Treatise on elephants
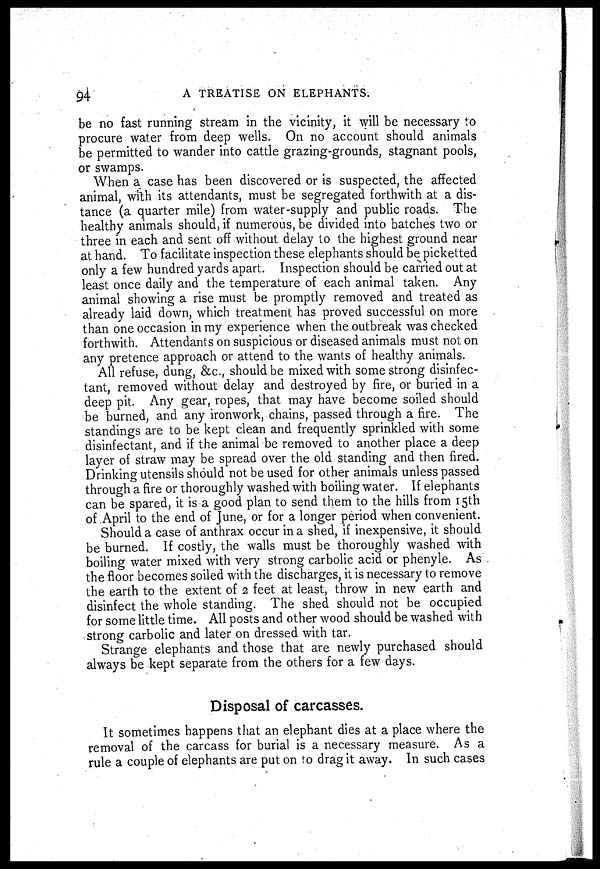
94
A TREATISE ON ELEPHANTS.
be no fast running stream in the vicinity, it will be necessary to
procure water from deep wells. On no account should animals
be permitted to wander into cattle grazing-grounds, stagnant pools,
or swamps.
When a case has been discovered or is suspected, the affected
animal, with its attendants, must be segregated forthwith at a dis-
tance (a quarter mile) from water-supply and public roads. The
healthy animals should, if numerous, be divided into batches two or
three in each and sent off without delay to the highest ground near
at hand. To facilitate inspection these elephants should be picketted
only a few hundred yards apart. Inspection should be carried out at
least once daily and the temperature of each animal taken. Any
animal showing a rise must be promptly removed and treated as
already laid down, which treatment has proved successful on more
than one occasion in my experience when the outbreak was checked
forthwith. Attendants on suspicious or diseased animals must not on
any pretence approach or attend to the wants of healthy animals.
All refuse, dung, &c., should be mixed with some strong disinfec-
tant, removed without delay and destroyed by fire, or buried in a
deep pit. Any gear, ropes, that may have become soiled should
be burned, and any ironwork, chains, passed through a fire. The
standings are to be kept clean and frequently sprinkled with some
disinfectant, and if the animal be removed to another place a deep
layer of straw may be spread over the old standing and then fired.
Drinking utensils should not be used for other animals unless passed
through a fire or thoroughly washed with boiling water. If elephants
can be spared, it is a good plan to send them to the hills from 15th
of April to the end of June, or for a longer period when convenient.
Should a case of anthrax occur in a shed, if inexpensive, it should
be burned. If costly, the walls must be thoroughly washed with
boiling water mixed with very strong carbolic acid or phenyle. As
the floor becomes soiled with the discharges, it is necessary to remove
the earth to the extent of 2 feet at least, throw in new earth and
disinfect the whole standing. The shed should not be occupied
for some little time. All posts and other wood should be washed with
strong carbolic and later on dressed with tar.
Strange elephants and those that are newly purchased should
always be kept separate from the others for a few days.
Disposal of carcasses.
It sometimes happens that an elephant dies at a place where the
removal of the carcass for burial is a necessary measure. As a
rule a couple of elephants are put on to drag it away. In such cases